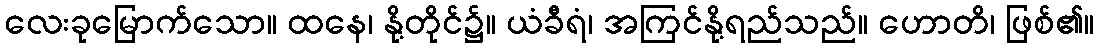
လေးခုမြောက်သော။ ထနေ၊ နို့တိုင်၌။ ယံခီရံ၊ အကြင်နို့ရည်သည်။ ဟောတိ၊ ဖြစ်၏။